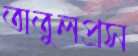
অতুলপ্রস